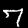
Label: 7